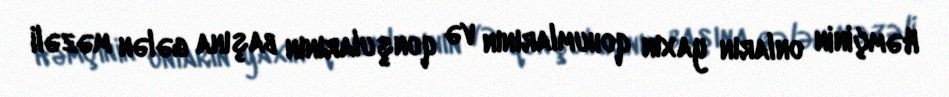
Həmçinin onların yaxın qohumlarının və qonşularının başına gələn məzəli